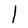
Character: l